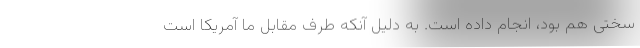
سختی هم بود، انجام داده است. به دلیل آنکه طرف مقابل ما آمریکا است